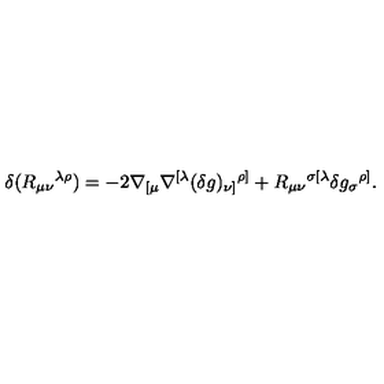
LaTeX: \delta ( R _ { \mu \nu } { } ^ { \lambda \rho } ) = - 2 \nabla _ { [ \mu } \nabla ^ { [ \lambda } ( \delta g ) _ { \nu ] } { } ^ { \rho ] } + R _ { \mu \nu } { } ^ { \sigma [ \lambda } \delta g _ { \sigma } { } ^ { \rho ] } { } .